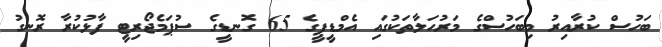
ބަހުސް ކުރާއިރު މިބަހުސްގެ މަރުހަލާތަކުގައި އެމްޑީޕީގެ 65 ގޮނޑީގެ ސުޕަމެޖޯރިޓީ ފާޅުކުރާ ރޮނގު